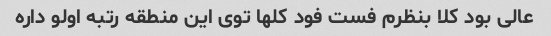
عالی بود کلا بنظرم فست فود کلها توی این منطقه رتبه اولو داره